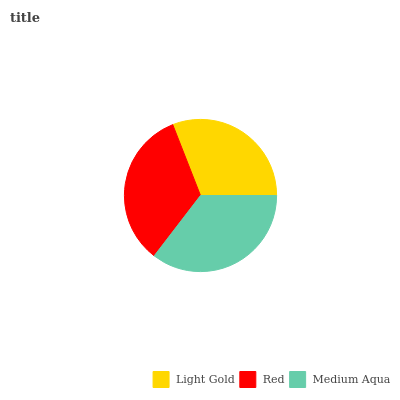
| Light Gold | Red | Medium Aqua |
 | --- | --- | --- |
 | 30.9% | 33.6% | 35.5% |